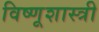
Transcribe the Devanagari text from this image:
विष्णूशास्त्री